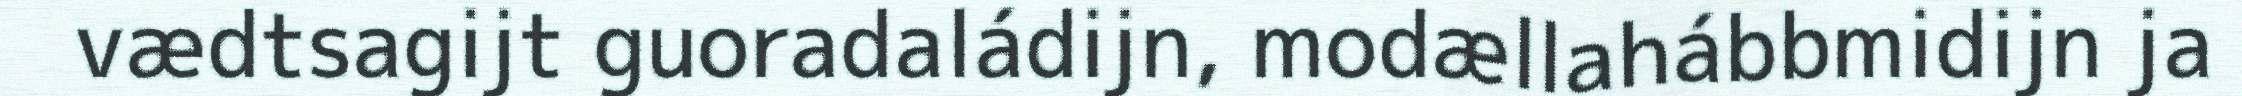
vædtsagijt guoradaládijn, modællahábbmidijn ja